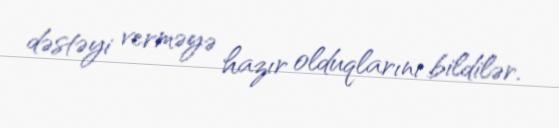
dəstəyi verməyə hazır olduqlarını bildilər.